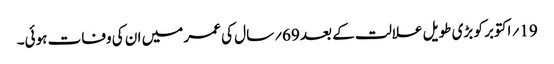
19؍ اکتوبر کو بڑی طویل علالت کے بعد 69؍سال کی عمر میں ان کی وفات ہوئی۔